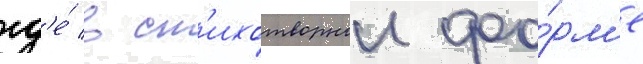
гд'е́ в ст'ихотворнои фо́рм'е